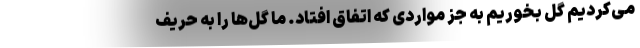
می‌کردیم گل بخوریم به جز مواردی که اتفاق افتاد. ما گل‌ها را به حریف